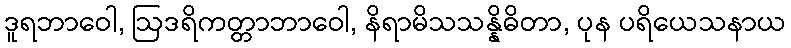
ဒူရဘာဝေါ, ဩဒရိကတ္တာဘာဝေါ, နိရာမိသသန္နိဓိတာ, ပုန ပရိယေသနာယ